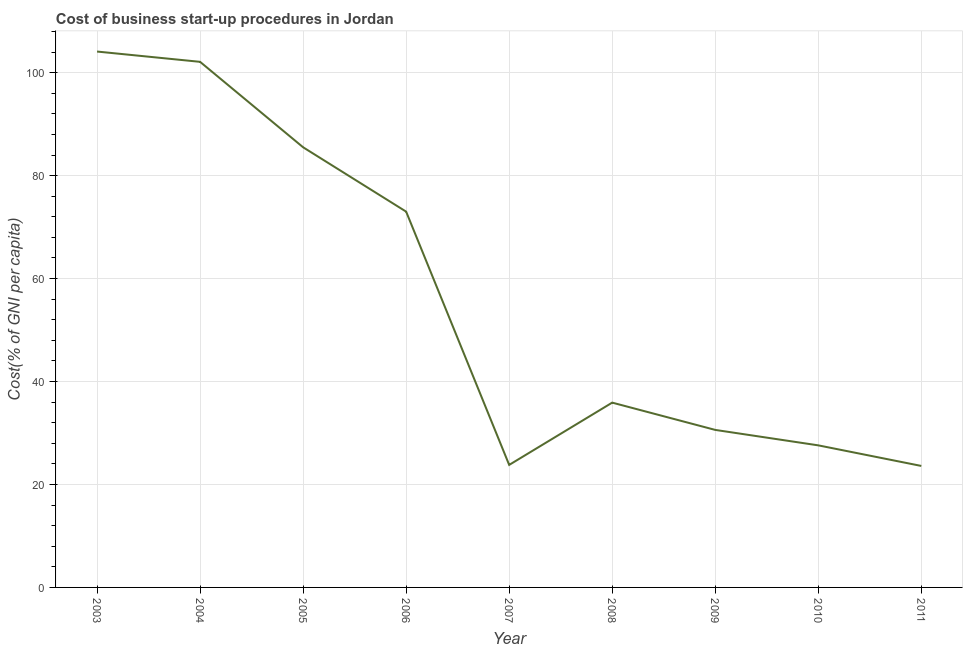
| Year | Cost |
 | --- | --- |
 | 2003 | 104 |
 | 2004 | 102 |
 | 2005 | 85.5 |
 | 2006 | 73 |
 | 2007 | 23.8 |
 | 2008 | 35.9 |
 | 2009 | 30.6 |
 | 2010 | 27.6 |
 | 2011 | 23.6 |